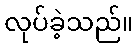
လုပ်ခဲ့သည်။